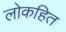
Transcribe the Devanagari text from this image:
लोकहित